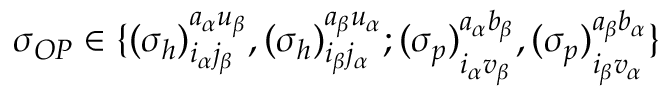
\begin{array} { r } { \sigma _ { O P } \in \{ { ( \sigma _ { h } ) } _ { i _ { \alpha } j _ { \beta } } ^ { a _ { \alpha } u _ { \beta } } , { ( \sigma _ { h } ) } _ { i _ { \beta } j _ { \alpha } } ^ { a _ { \beta } u _ { \alpha } } ; { ( \sigma _ { p } ) } _ { i _ { \alpha } v _ { \beta } } ^ { a _ { \alpha } b _ { \beta } } , { ( \sigma _ { p } ) } _ { i _ { \beta } v _ { \alpha } } ^ { a _ { \beta } b _ { \alpha } } \} } \end{array}